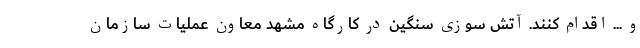
و ... اقدام کنند. آتش سوزی سنگین در کارگاه مشهد معاون عملیات سازمان